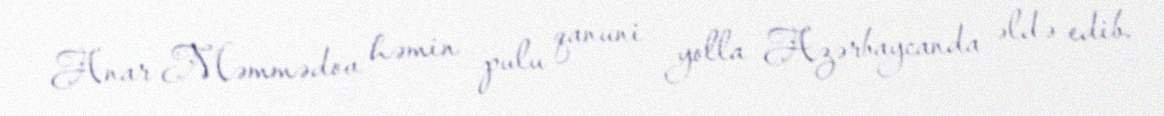
Anar Məmmədov həmin pulu qanuni yolla Azərbaycanda əldə edib.